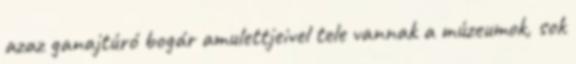
azaz ganajtúró bogár amulettjeivel tele vannak a múzeumok, sok